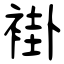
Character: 褂